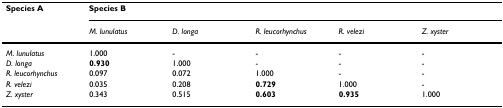
<table><thead><tr><td><b>Species A</b></td><td colspan="5"><b>Species B</b></td></tr><tr><td></td><td><b><i>M. lunulatus</i></b></td><td><b><i>D. longa</i></b></td><td><b><i>R. leucorhynchus</i></b></td><td><b><i>R. velezi</i></b></td><td><b><i>Z. xyster</i></b></td></tr></thead><tbody><tr><td><i>M. lunulatus</i></td><td>1.000</td><td>-</td><td>-</td><td>-</td><td>-</td></tr><tr><td><i>D. longa</i></td><td><b>0.930</b></td><td>1.000</td><td>-</td><td>-</td><td>-</td></tr><tr><td><i>R. leucorhynchus</i></td><td>0.097</td><td>0.072</td><td>1.000</td><td>-</td><td>-</td></tr><tr><td><i>R. velezi</i></td><td>0.035</td><td>0.208</td><td><b>0.729</b></td><td>1.000</td><td>-</td></tr><tr><td><i>Z. xyster</i></td><td>0.343</td><td>0.515</td><td><b>0.603</b></td><td><b>0.935</b></td><td>1.000</td></tr></tbody></table>